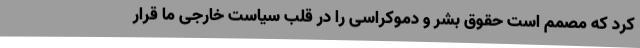
کرد که مصمم است حقوق بشر و دموکراسی را در قلب سیاست خارجی ما قرار